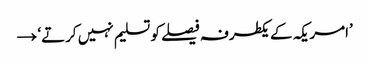
’امریکہ کے یکطرفہ فیصلے کو تسلیم نہیں کرتے‘ →